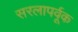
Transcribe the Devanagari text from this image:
सरलापर्वूक